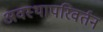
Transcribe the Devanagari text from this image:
अवस्थापरिवर्तन